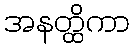
အနတ္ထိကာ